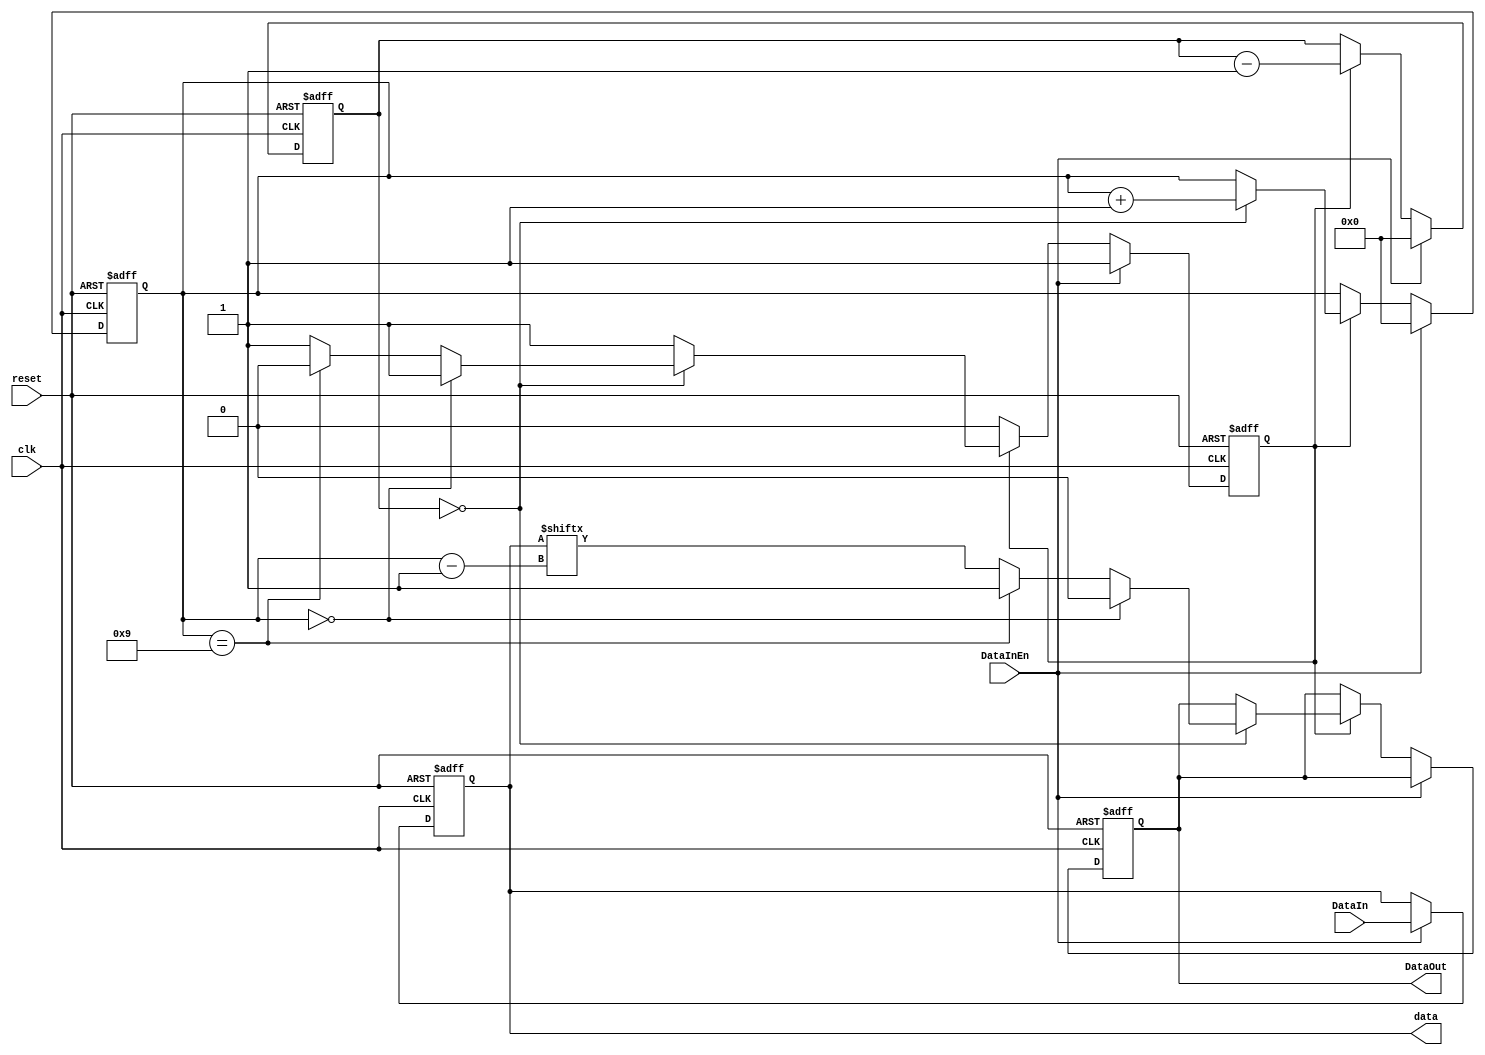
module Tx(DataIn,DataInEn,DataOut,data,reset,clk);
	input wire [7:0]DataIn;
	input wire DataInEn,reset,clk;
	output reg DataOut;
	output reg [7:0]data;
	reg [3:0]count1,count2;
	reg outready;
	
	always@(negedge reset or posedge clk)
	begin
		if(reset==0)
		begin
			data<=0;
			count1<=0;
			count2<=0;
			DataOut<=1;
			outready<=0;
		end
		else if(DataInEn)
		begin
				data<=DataIn;
				outready<=1;
				count1<=0;
				count2<=0;
		end
		else if(outready)
		begin
			count2<=count2-1;
			if(count2==0)
			begin
				if(count1==0)
					DataOut<=0;
				else if(count1==9)
				begin
					DataOut<=1;
					outready<=0;
				end
				else
					DataOut<=data[count1-1];
				count1<=count1+1;
			end
		end
	end
endmodule